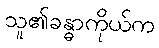
သူ၏ခန္ဓာကိုယ်က